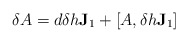
\begin{align*}\delta A =d \delta h \mathbf{J}_{1} + \left[A, \delta h \mathbf{J}_{1} \right] \end{align*}